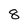
Character: 8